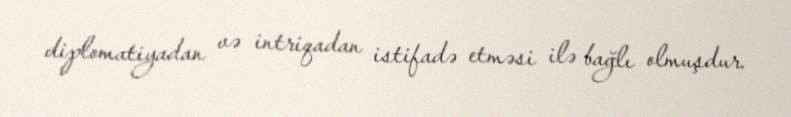
diplomatiyadan və intriqadan istifadə etməsi ilə bağlı olmuşdur.